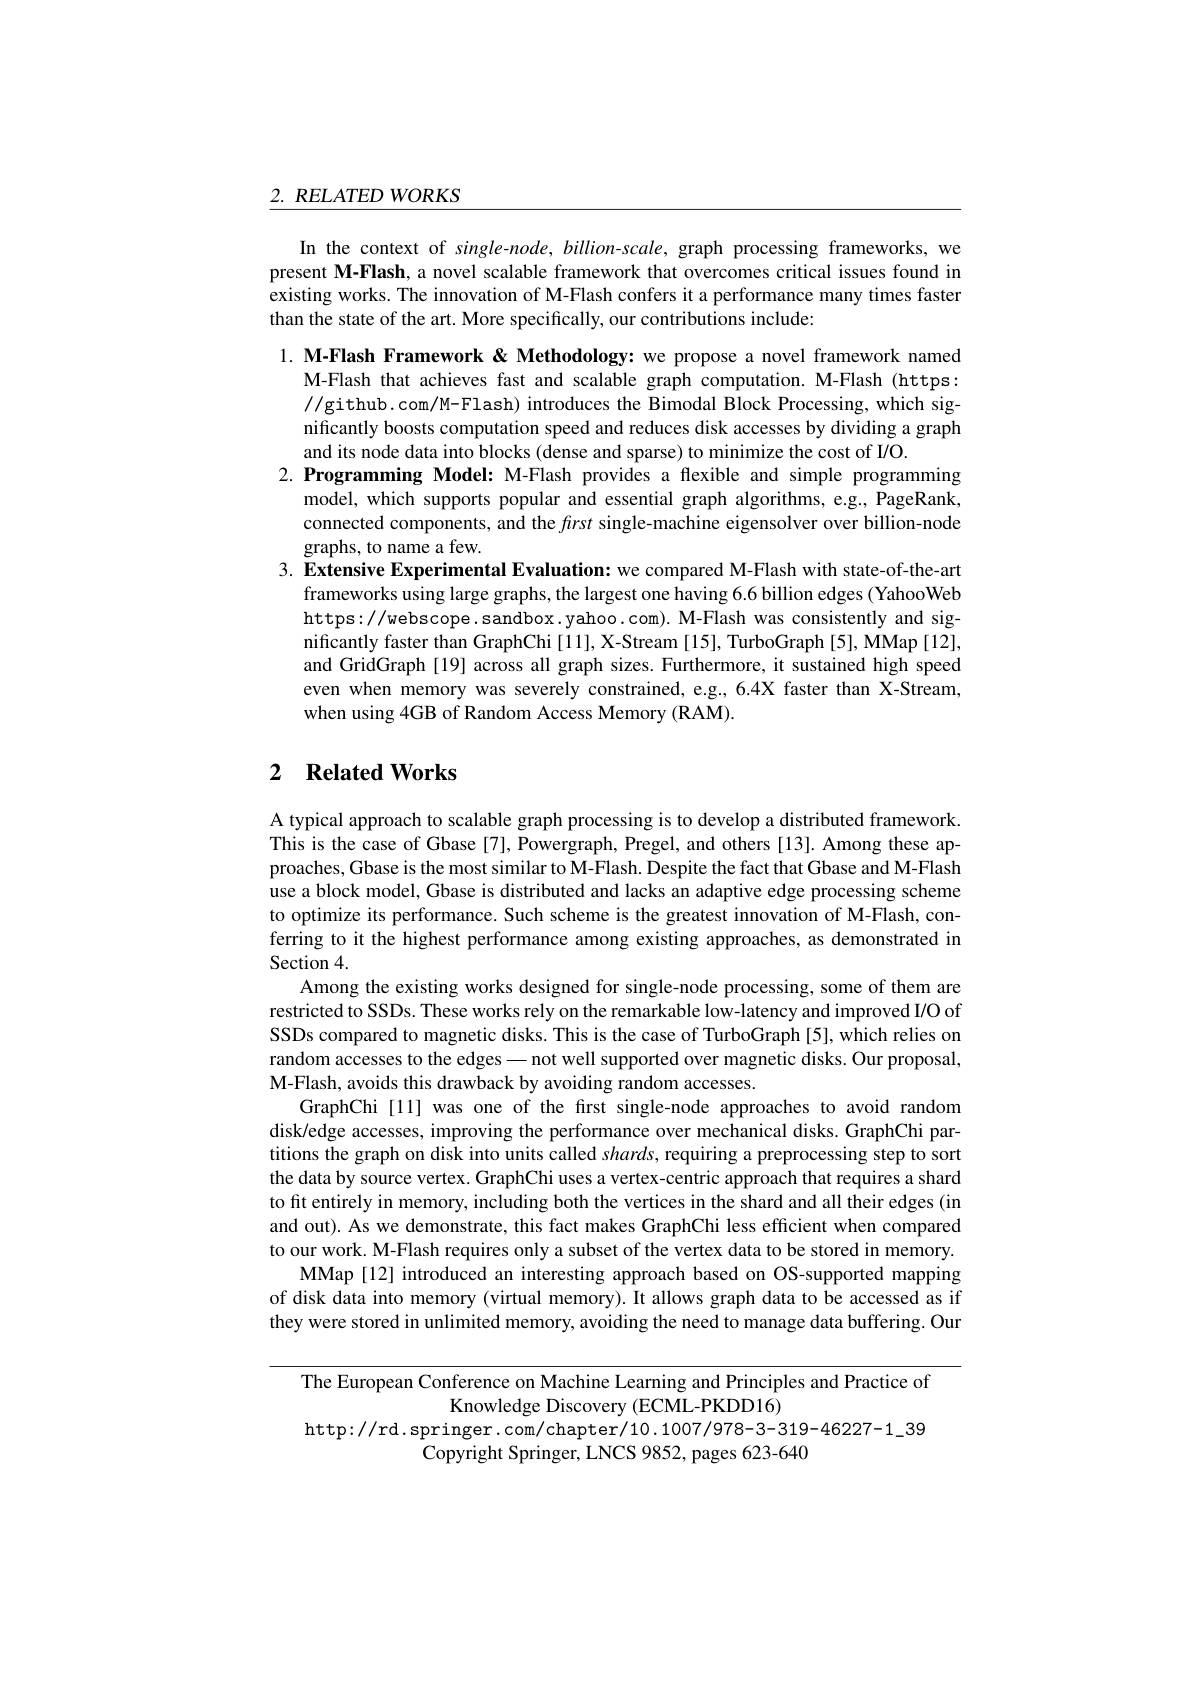
$\underline{2.\:RELATED\:WORKS}$

In the context of single-node, billion-scale, graph processing frameworks, we present M-Flash, a novel scalable framework that overcomes critical issues found in existing works. The innovation of M-Flash confers it a performance many times faster than the state of the art. More specifically, our contributions include:

1. M-Flash Framework & Methodology: we propose a novel framework named
M-Flash that achieves fast and scalable graph computation. M-Flash (https: //github.com/M-Flash) introduces the Bimodal Block Processing, which significantly boosts computation speed and reduces disk accesses by dividing a graph and its node data into blocks (dense and sparse) to minimize the cost of I/O.
2.Programming Model: M-Flash provides a flexible and simple programming
model, which supports popular and essential graph algorithms, e.g., PageRank, connected components, and the first single-machine eigensolver over billion-node graphs, to name a few.
3. Extensive Experimental Evaluation: we compared M-Flash with state-of-the-art
frameworks using large graphs, the largest one having 6.6 billion edges (YahooWeb https://webscope.sandbox.yahoo.com).M-Flash was consistently and significantly faster than GraphChi [11], X-Stream [15], TurboGraph [5], MMap [12], and GridGraph [19] across all graph sizes. Furthermore, it sustained high speed even when memory was severely constrained, e.g., 6.4X faster than X-Stream, when using 4GB of Random Access Memory (RAM).

## 2 Related Works

A typical approach to scalable graph processing is to develop a distributed framework This is the case of Gbase [7], Powergraph, Pregel, and others [13]. Among these approaches, Gbase is the most similar to M-Flash. Despite the fact that Gbase and M-Flash use a block model, Gbase is distributed and lacks an adaptive edge processing scheme to optimize its performance. Such scheme is the greatest innovation of M-Flash, conferring to it the highest performance among existing approaches, as demonstrated in Section 4.
Among the existing works designed for single-node processing, some of them are restricted to SSDs. These works rely on the remarkable low-latency and improved I/O of SSDs compared to magnetic disks. This is the case of TurboGraph [5], which relies on random accesses to the edges — not well supported over magnetic disks. Our proposal, M-Flash, avoids this drawback by avoiding random accesses.
GraphChi [11] was one of the frst single-node approaches to avoid random disk/edge accesses, improving the performance over mechanical disks. GraphChi partitions the graph on disk into units called shards, requiring a preprocessing step to sort the data by source vertex. GraphChi uses a vertex-centric approach that requires a shard to fit entirely in memory, including both the vertices in the shard and all their edges (in and out). As we demonstrate, this fact makes GraphChi less efficient when compared to our work. M-Flash requires only a subset of the vertex data to be stored in memory.
MMap [12] introduced an interesting approach based on OS-supported mapping of disk data into memory (virtual memory). It allows graph data to be accessed as if they were stored in unlimited memory, avoiding the need to manage data buffering. Our

The European Conference on Machine Learning and Principles and Practice of
Knowledge Discovery (ECML-PKDD16)
http://rd.springer.com/chapter/10.1007/978-3-319-46227-1_39
Copyright Springer, LNCS 9852, pages 623-640